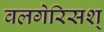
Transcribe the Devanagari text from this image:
वलगेरिसश्